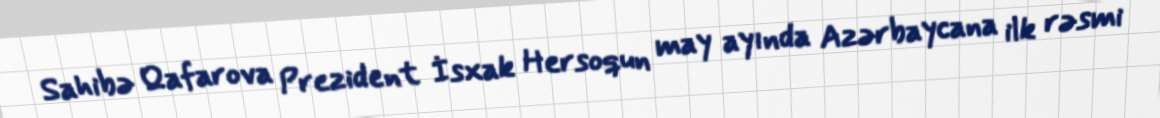
Sahibə Qafarova Prezident İsxak Hersoqun may ayında Azərbaycana ilk rəsmi